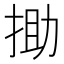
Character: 𢭟